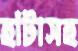
হাঁটাসহ